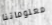
معلوماتنا